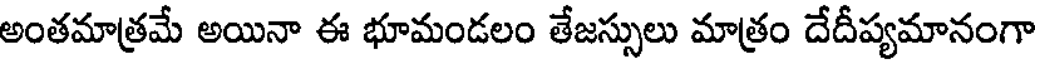
అంతమాత్రమే అయినా ఈ భూమండలం తేజస్సులు మాత్రం దేదీప్యమానంగా